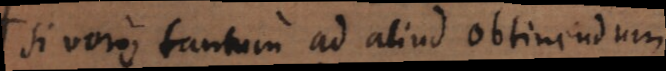
si vero tantum ad aliud obtinendum